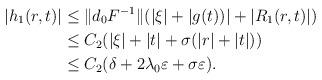
LaTeX: \begin{align*} |h_1(r,t)| & \leq \| d_0 F^{-1}\| (|\xi| + |g(t))|+|R_1(r,t)|) \\ & \leq C_2 ( |\xi| +|t| + \sigma (|r|+|t|)) \\ & \leq C_2 (\delta + 2\lambda_0 \varepsilon +\sigma \varepsilon ). \end{align*}